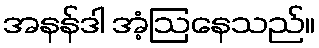
အနန်ဒါ အံ့ဩနေသည်။